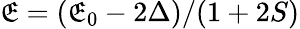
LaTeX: \mathfrak{E}=(\mathfrak{E}_{0}-2\Delta)/(1+2S)